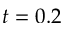
t = 0 . 2